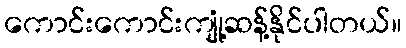
ကောင်းကောင်းကျုံ့ဆန့်နိုင်ပါတယ်။